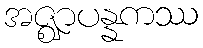
အဇ္ဈာပန္နကဿ